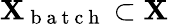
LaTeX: \mathbf{X}_{\mathrm{{~b~a~t~c~h~}}}\subset\mathbf{X}